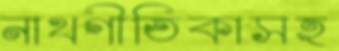
নাথগীতিকাসহ